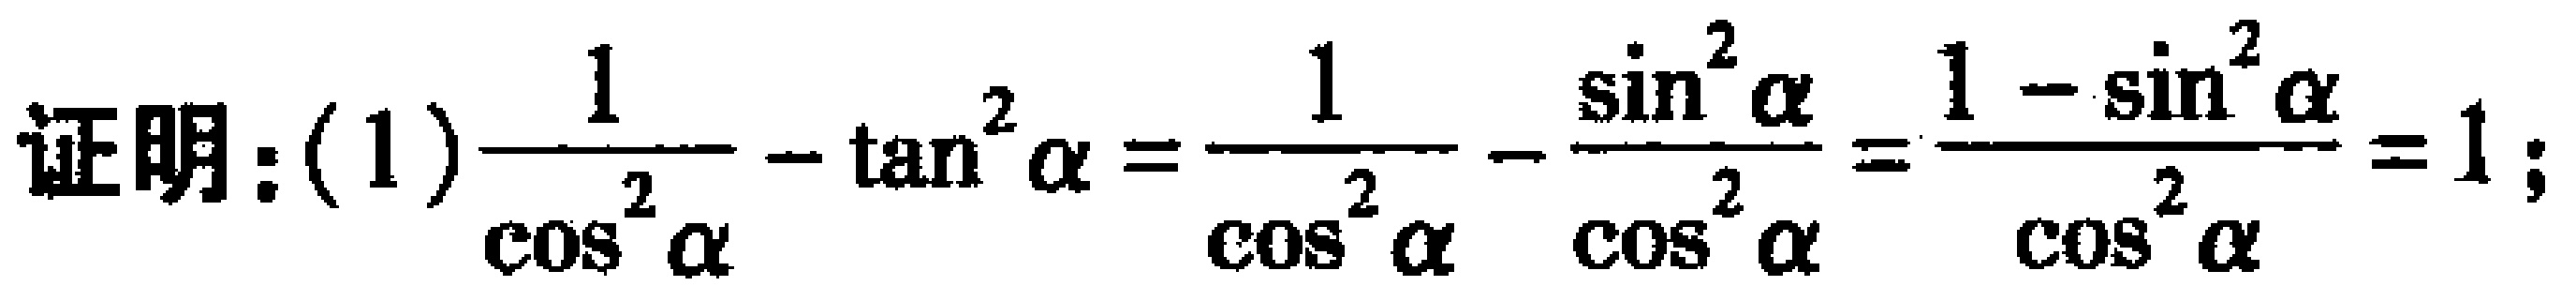
证明：(1)$\frac{1}{\cos^{2}\alpha}-\tan^{2}\alpha=\frac{1}{\cos^{2}\alpha}-\frac{\sin^{2}\alpha}{\cos^{2}\alpha}=\frac{1 - \sin^{2}\alpha}{\cos^{2}\alpha}=1$；